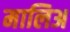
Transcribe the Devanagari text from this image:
मालिअ